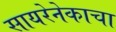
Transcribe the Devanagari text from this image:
सायरेनेकाचा